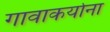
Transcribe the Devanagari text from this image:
गावाकर्याना